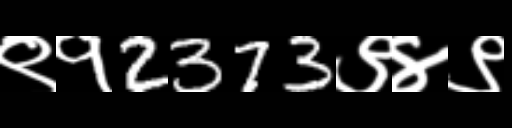
Text: ९१2373९४९